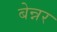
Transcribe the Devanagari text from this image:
बेन्नर